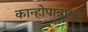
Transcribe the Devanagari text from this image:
कान्होपात्रासह